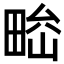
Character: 𤲁